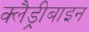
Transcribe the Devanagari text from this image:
क्लैड्रीबाइन